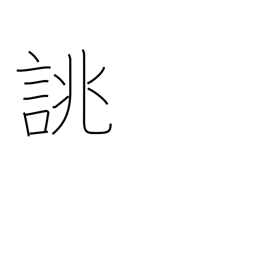
Meaning: order